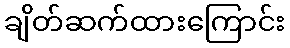
ချိတ်ဆက်ထားကြောင်း